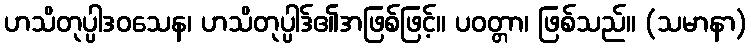
ဟသိတုပ္ပါဒဝသေန၊ ဟသိတုပ္ပါဒ်၏အဖြစ်ဖြင့်။ ပဝတ္တာ၊ ဖြစ်သည်။ (သမာနာ)